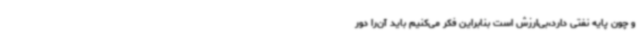
و چون پایه نفتی دارد،بی‌ارزش است بنابراین فکر می‌کنیم باید آن‌را دور